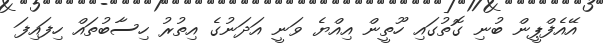
އޭއެފްޕީން ބުނި ގޮތުގައި ހޫތީން އިއްޔެ ވަނީ އަދަނުގެ އިތުރު ހިސާބުތައް ހިފައިފަ